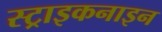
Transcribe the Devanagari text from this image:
स्ट्राइकनाइन